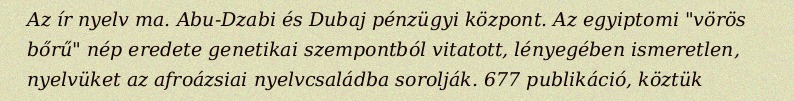
Az ír nyelv ma. Abu-Dzabi és Dubaj pénzügyi központ. Az egyiptomi "vörös bőrű" nép eredete genetikai szempontból vitatott, lényegében ismeretlen, nyelvüket az afroázsiai nyelvcsaládba sorolják. 677 publikáció, köztük